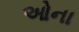
ઓના